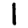
Digit: 1